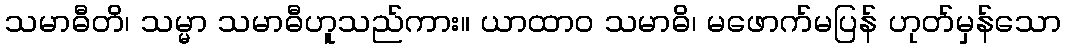
သမာဓီတိ၊ သမ္မာ သမာဓီဟူသည်ကား။ ယာထာဝ သမာဓိ၊ မဖောက်မပြန် ဟုတ်မှန်သော